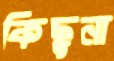
কিছুনা